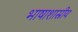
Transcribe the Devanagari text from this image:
भाषाशास्रीय